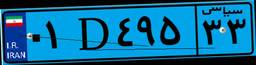
۵۷D۷۵۸۰۵